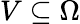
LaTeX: V\subseteq\Omega